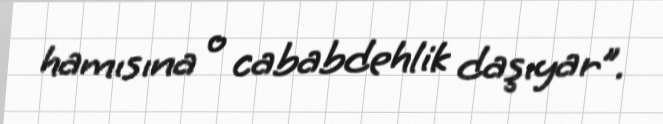
hamısına o cababdehlik daşıyar”.